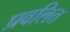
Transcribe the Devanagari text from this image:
प्रवलित